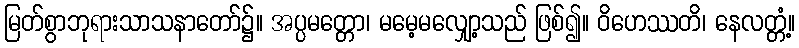
မြတ်စွာဘုရားသာသနာတော်၌။ အပ္ပမတ္တော၊ မမေ့မလျှော့သည် ဖြစ်၍။ ဝိဟေဿတိ၊ နေလတ္တံ့။